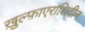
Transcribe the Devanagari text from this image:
ख़ुल्फ़ाएराशिदीन